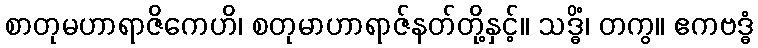
စာတုမဟာရာဇိကေဟိ၊ စတုမာဟာရာဇ်နတ်တို့နှင့်။ သဒ္ဓိံ၊ တကွ။ ဧကဗဒ္ဓံ